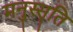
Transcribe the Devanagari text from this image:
मनुस्सृति